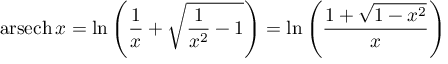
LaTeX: \operatorname { a r s e c h } x = \ln \left( { \frac { 1 } { x } } + { \sqrt { { \frac { 1 } { x ^ { 2 } } } - 1 } } \right) = \ln \left( { \frac { 1 + { \sqrt { 1 - x ^ { 2 } } } } { x } } \right)